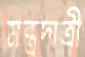
মন্ত্রদাত্রী